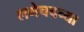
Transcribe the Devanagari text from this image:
लगेचचच्या